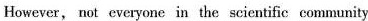
However, not everyone in the scientific community